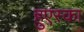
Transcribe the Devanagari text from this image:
हुएस्का